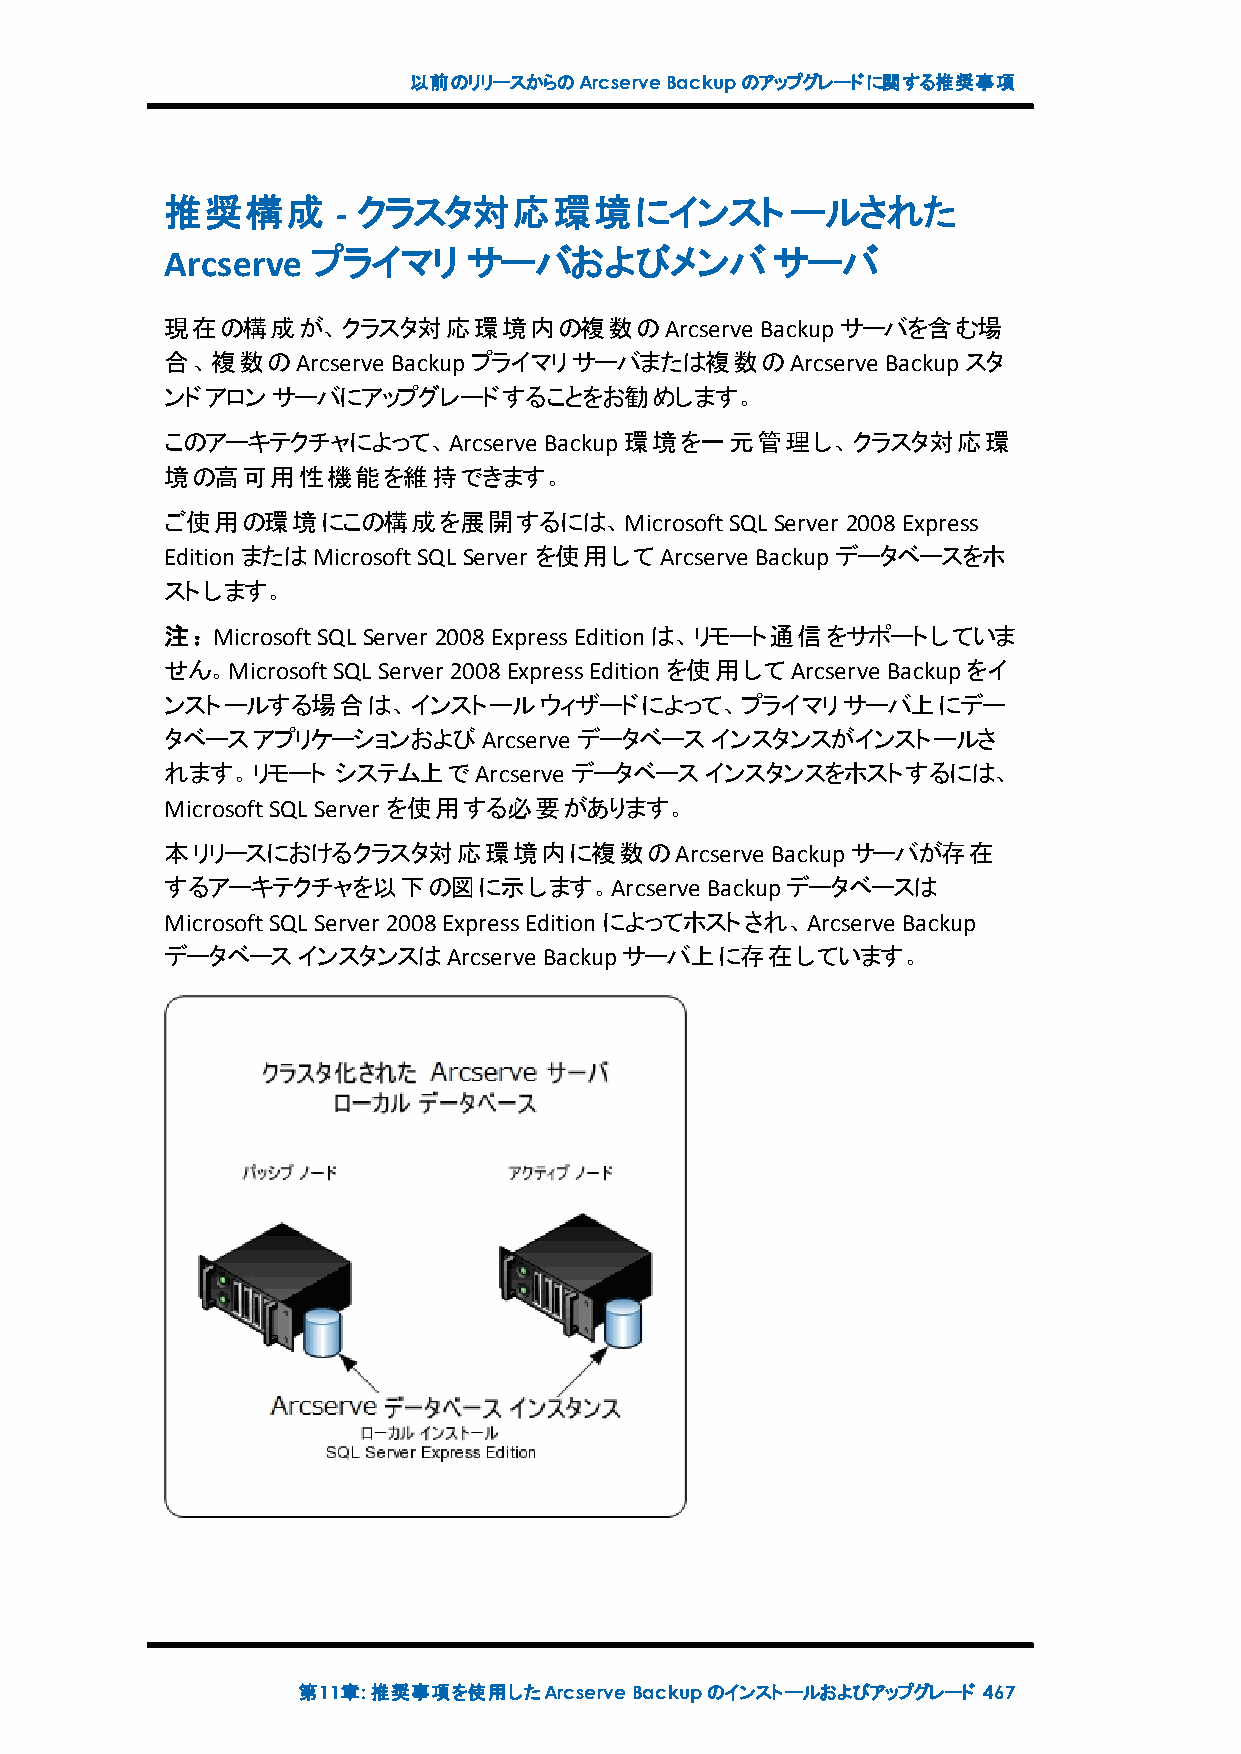
以前のリリースからのArcserveBackupのアップグレードに関する推奨事項
 推奨構成       - クラスタ対応環境にインストールされた
 Arcserve  プライマリ     サーバおよびメンバサーバ
 現在の構成が、クラスタ対応環境内の複数のArcserve           Backupサーバを含む場
 合、複数のArcserve  Backupプライマリサーバまたは複数のArcserve     Backupスタ
 ンドアロンサーバにアップグレードすることをお勧めします。
 このアーキテクチャによって、Arcserve   Backup環境を一元管理し、クラスタ対応環
 境の高可用性機能を維持できます。
 ご使用の環境にこの構成を展開するには、MicrosoftSQL         Server 2008Express
 EditionまたはMicrosoftSQL Server を使用してArcserve Backupデータベースをホ
 ストします。
 注：MicrosoftSQL Server 2008ExpressEditionは、リモート通信をサポートしていま
 せん。MicrosoftSQL Server 2008ExpressEditionを使用してArcserve Backupをイ
 ンストールする場合は、インストールウィザードによって、プライマリサーバ上にデー
 タベースアプリケーションおよびArcserve    データベースインスタンスがインストールさ
 れます。リモート   システム上でArcserve  データベースインスタンスをホストするには、
 MicrosoftSQL Server を使用する必要があります。
 本リリースにおけるクラスタ対応環境内に複数のArcserve          Backupサーバが存在
 するアーキテクチャを以下の図に示します。Arcserve        Backupデータベースは
 MicrosoftSQL Server 2008ExpressEditionによってホストされ、Arcserve Backup
 データベースインスタンスはArcserve    Backupサーバ上に存在しています。
 第11章:推奨事項を使用したArcserveBackupのインストールおよびアップグレード 467